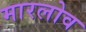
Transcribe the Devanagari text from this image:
मारलोव